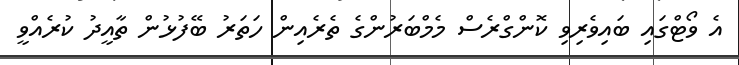
އެ ވޯޓްގައި ބައިވެރިވި ކޮންގްރެސް މެމްބަރުންގެ ތެރެއިން ހަތަރު ބޭފުޅުން ތާއީދު ކުރެއްވީ